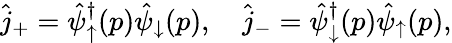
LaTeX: \hat{j}_{+}=\hat{\psi}_{\uparrow}^{\dagger}(p)\hat{\psi}_{\downarrow}(p),\quad\hat{j}_{-}=\hat{\psi}_{\downarrow}^{\dagger}(p)\hat{\psi}_{\uparrow}(p),